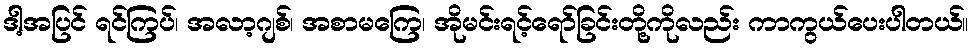
ဒါ့အပြင် ရင်ကြပ်၊ အလာ့ဂျစ်၊ အစာမကြေ၊ အိုမင်းရင့်ရော်ခြင်းတို့ကိုလည်း ကာကွယ်ပေးပါတယ်။